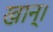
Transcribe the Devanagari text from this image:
खान्।